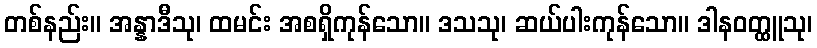
တစ်နည်း။ အန္နာဒီသု၊ ထမင်း အစရှိကုန်သော။ ဒသသု၊ ဆယ်ပါးကုန်သော။ ဒါနဝတ္ထူသု၊